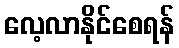
လေ့လာနိုင်စေရန်